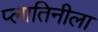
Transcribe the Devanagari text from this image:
प्लातिनीला